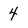
Character: 4